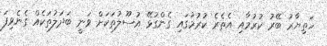
ހަތިޔާރު ބޭރު ކުރުމާއި އެތެރެ ކުރުމުގައި ގެންގުޅޭ އުސޫލުތަކަށް ވަނީ ބަދަލުތަކެއް ގެނެވިފަ